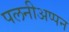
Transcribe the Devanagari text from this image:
पलनीअप्पन